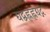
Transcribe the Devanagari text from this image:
द्यद्बह्लह्लद्यद्ग